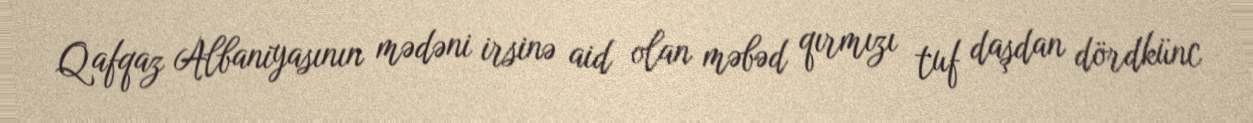
Qafqaz Albaniyasının mədəni irsinə aid olan məbəd qırmızı tuf daşdan dördkünc